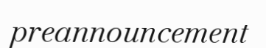
preannouncement